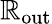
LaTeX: \mathbb{R}_{\mathrm{{out}}}